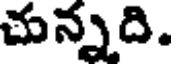
చున్నది.